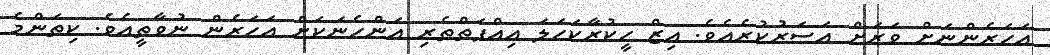
އަހަރެންނަށް ވަރަށް އަސަރުކުރެއެވެ. އިޒް ހީކުރާކަހަލަ އިއްފަތްތެރި އަންހެނަކަށް އަހަރެން ނުވާތީއެވެ. ކިތަންމެ